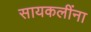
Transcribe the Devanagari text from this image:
सायकलींना